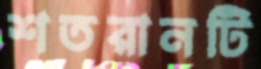
শতরানটি